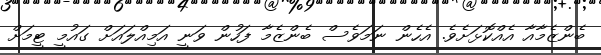
ބެންޒެމާއާ އެއްކޮޅަށެވެ. އެހެން ނަމަވެސް ބެންޒެމާ ފަހުން ވަނީ އަމިއްލައަށް ގައުމީ ޓީމަށް